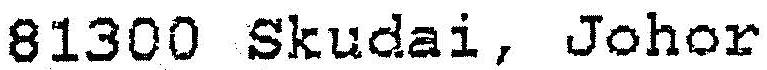
81300 SKUDAI, JOHOR